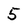
Character: 5